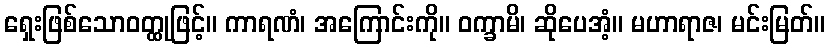
ရှေးဖြစ်သောဝတ္ထုဖြင့်။ ကာရဏံ၊ အကြောင်းကို။ ဝက္ခာမိ၊ ဆိုပေအံ့။ မဟာရာဇ၊ မင်းမြတ်။